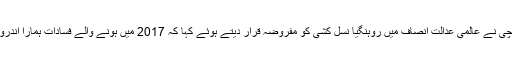
آنگ سانگ سوچی نے عالمی عدالت انصاف میں روہنگیا نسل کشی کو مفروضہ قرار دیتے ہوئے کہا کہ 2017 میں ہونے والے فسادات ہمارا اندرونی معاملہ ہے۔